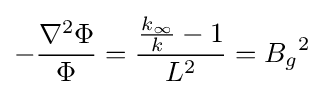
-{\frac {\nabla ^{2}\Phi }{\Phi }}={\frac {{\frac {k_{\infty }}{k}}-1}{L^{2}}}={B_{g}}^{2}